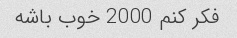
فکر کنم 2000 خوب باشه